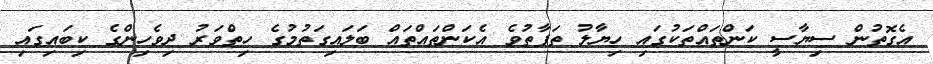
އެގޮތުން ސިޔާސީ ކަންތައްތަކުގައި ހިޔާލު ތަފާތުވެ އެކަންތައްތައް ބަލައިގަތުމުގެ ހިތްވަރު ދިވެހިންގެ ކިބައިގައި